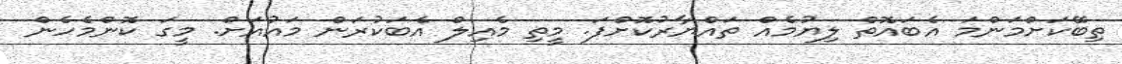
ތިބޭކަށްމަންމަ އެބައޮތް ލިޔުމެއް ތައްޔާރުކޮށްފަ. މީތި މެއިލް އެބަކުރަން މައުއަށް. މީގަ ކޮންމެހެން